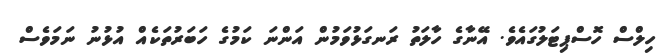
ހިލްސް ހޮސްޕިޓަލުގައެވެ. އޭނާގެ ހާލަތު ރަނގަޅުވަމުން އަންނަ ކަމުގެ ހަބަރުތަކެއް އުޅުނު ނަމަވެސް